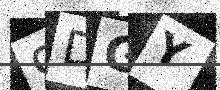
Text: 9DGY